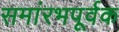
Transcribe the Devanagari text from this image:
समांरभपूर्वक